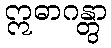
ဣဓာဂန္တွာ